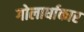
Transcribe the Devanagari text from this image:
गोलार्धाकार